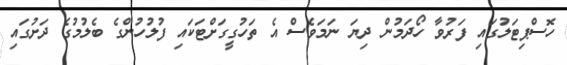
ހޮސްޕިޓަލުގައި ފަރުވާ ހޯދަމުން ދިޔަ ނަމަވެސް އެ ތަހުގީގަށްޓަކައި ފުލުހުންގެ ބެލުމުގެ ދަށުގައި